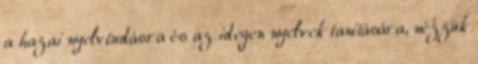
a hazai nyelvtudásra és az idegen nyelvek tanítására, nézzük